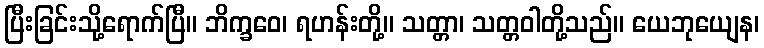
ပြီးခြင်းသို့ရောက်ပြီ။ ဘိက္ခဝေ၊ ရဟန်းတို့။ သတ္တာ၊ သတ္တဝါတို့သည်။ ယေဘုယျေန၊